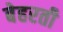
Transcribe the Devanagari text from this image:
बेहरती